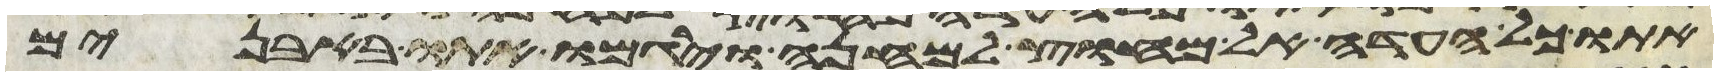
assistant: אתו כל העדה אל מחוץ למחנה וירגמו אתו באבנים